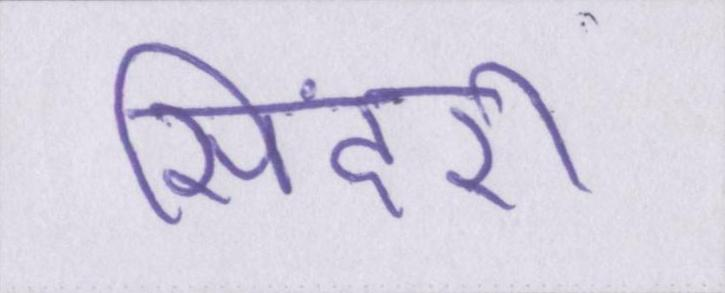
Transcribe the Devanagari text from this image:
सिंदरी